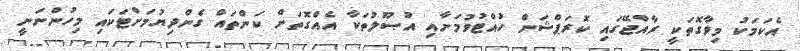
އެކަމަކު މިވާގޮތަކީ ރާއްޖޭގައި ކޮރަޕްޝަން ހުއްޓުވުމަށާއި އުޞޫލުތަކާ އެއްގޮތަށް ކަންތައް ގެންދިޔުމަށްޓަކައި މިހުންނަނީ